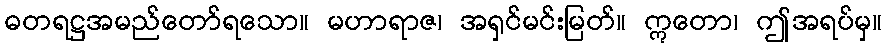
ဓတရဋ္ဌအမည်တော်ရသော။ မဟာရာဇ၊ အရှင်မင်းမြတ်။ ဣတော၊ ဤအရပ်မှ။